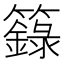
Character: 籙